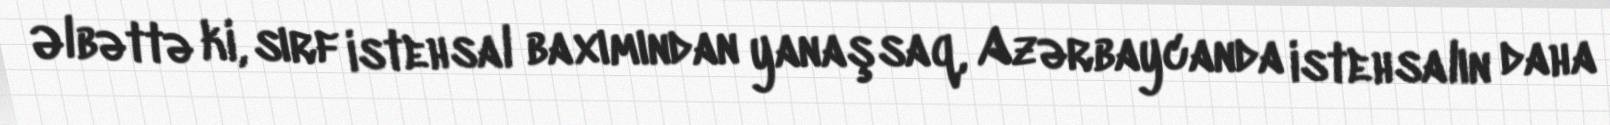
Əlbəttə ki, sırf istehsal baxımından yanaşsaq, Azərbaycanda istehsalın daha